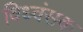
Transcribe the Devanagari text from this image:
विध्‍वंसक